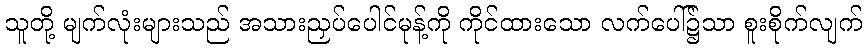
သူတို့ မျက်လုံးများသည် အသားညှပ်ပေါင်မုန့်ကို ကိုင်ထားသော လက်ပေါ်၌သာ စူးစိုက်လျက်